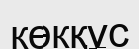
көкқұс